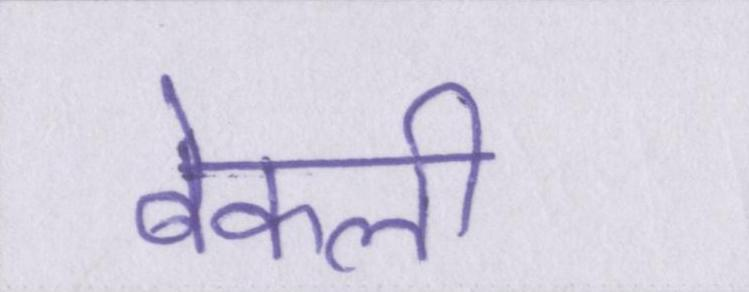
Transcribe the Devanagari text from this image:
बेकली